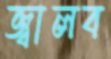
জ্বালব